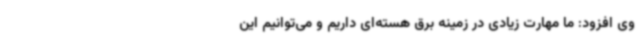
وی افزود: ما مهارت زیادی در زمینه برق هسته‌ای داریم و می‌توانیم این